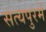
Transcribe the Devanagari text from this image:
सत्यपुरमें